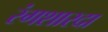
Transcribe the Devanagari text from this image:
रंगशारदा